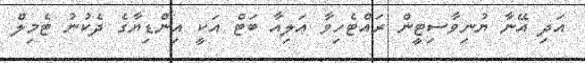
އަދި އޭނާ ޔުނިވާސިޓީން ރައްޓެހިވާ އަލިއާ ބަޓް އަކީ އިންޑިޔާގެ ދެކުނު ޓެމިލް